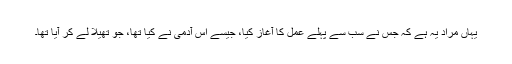
یہاں مراد یہ ہے کہ جس نے سب سے پہلے عمل کا آغاز کیا، جیسے اس آدمی نے کیا تھا، جو تھیلا لے کر آیا تھا۔